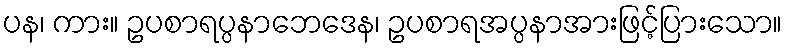
ပန၊ ကား။ ဥပစာရပ္ပနာဘေဒေန၊ ဥပစာရအပ္ပနာအားဖြင့်ပြားသော။